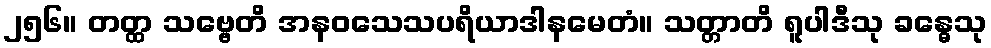
၂၅၆။ တတ္ထ သဗ္ဗေတိ အနဝသေသပရိယာဒါနမေတံ။ သတ္တာတိ ရူပါဒီသု ခန္ဓေသု